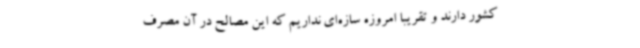
کشور دارند و تقریباً امروزه سازه‌ای نداریم که این مصالح در آن مصرف